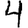
Digit: 4